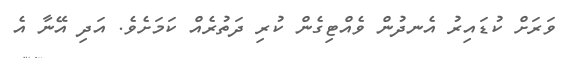
ވަރަށް ކުޑައިރު އެނދުން ވެއްޓިގެން ކުރި ދަތުރެއް ކަމަށެވެ. އަދި އޭނާ އެ